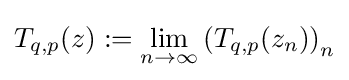
T_{q,p}(z):=\lim \limits _{n\to \infty }\left(T_{q,p}(z_{n})\right)_{n}